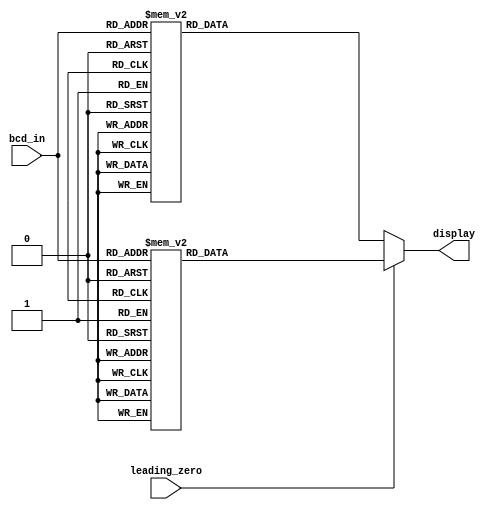
module seven_seg(display, bcd_in,leading_zero);
 output reg [6:0] display;
 input [3:0] bcd_in;
 input leading_zero;

 parameter BLANK = 7'b111_1111;                        
 parameter ZERO = 7'b100_0000;
 parameter ONE = 7'b111_1001;
 parameter TWO = 7'b010_0100;
 parameter THREE = 7'b011_0000;
 parameter FOUR = 7'b001_1001;
 parameter FIVE = 7'b001_0010;
 parameter SIX = 7'b000_0010;
 parameter SEVEN = 7'b111_1000;
 parameter EIGHT = 7'b000_0000;
 parameter NINE = 7'b001_0000;

 always @ (bcd_in)
 if (!leading_zero)
	begin
		case (bcd_in)
		0: display = ZERO;
		1: display = ONE;
		2: display = TWO;
		3: display = THREE;
		4: display = FOUR;
		5: display = FIVE;
		6: display = SIX;
		7: display = SEVEN;
		8: display = EIGHT;
		9: display = NINE;
 
		default: display = BLANK;
		endcase
	end
else
	begin
		case (bcd_in)
		0: display = BLANK;
		1: display = ONE;
		2: display = TWO;
		3: display = THREE;
		4: display = FOUR;
		5: display = FIVE;
		6: display = SIX;
		7: display = SEVEN;
		8: display = EIGHT;
		9: display = NINE;
 
		default: display = BLANK;
		endcase
	end
endmodule